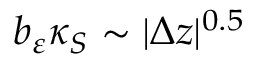
b _ { \varepsilon } \kappa _ { S } \sim \vert \Delta z \vert ^ { 0 . 5 }